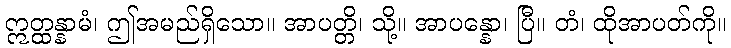
ဣတ္ထန္နာမံ၊ ဤအမည်ရှိသော။ အာပတ္တိ၊ သို့။ အာပန္နော၊ ပြီ။ တံ၊ ထိုအာပတ်ကို။